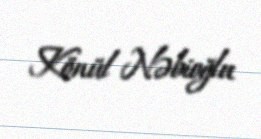
Könül Nəbioğlu